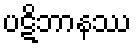
ပဋိဘာနဿ